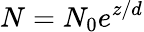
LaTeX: N=N_{0}e^{z/d}